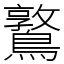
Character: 𪆃